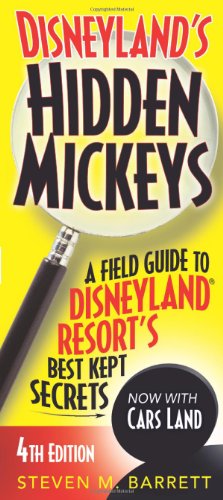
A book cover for Disneyland's Hidden Mickeys: A Field Guide to Disneyland Resort's Best Kept Secrets; Steven M. Barrett; Travel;